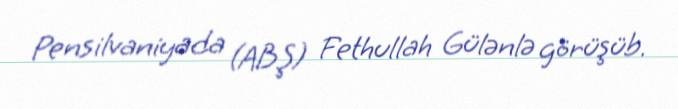
Pensilvaniyada (ABŞ) Fethullah Gülənlə görüşüb.